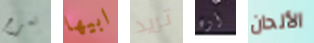
تعرج ابيها تريد أوه الألحان